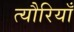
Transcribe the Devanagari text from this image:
त्यौरियाँ